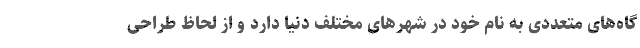
گاه‌های متعددی به نام خود در شهرهای مختلف دنیا دارد و از لحاظ طراحی